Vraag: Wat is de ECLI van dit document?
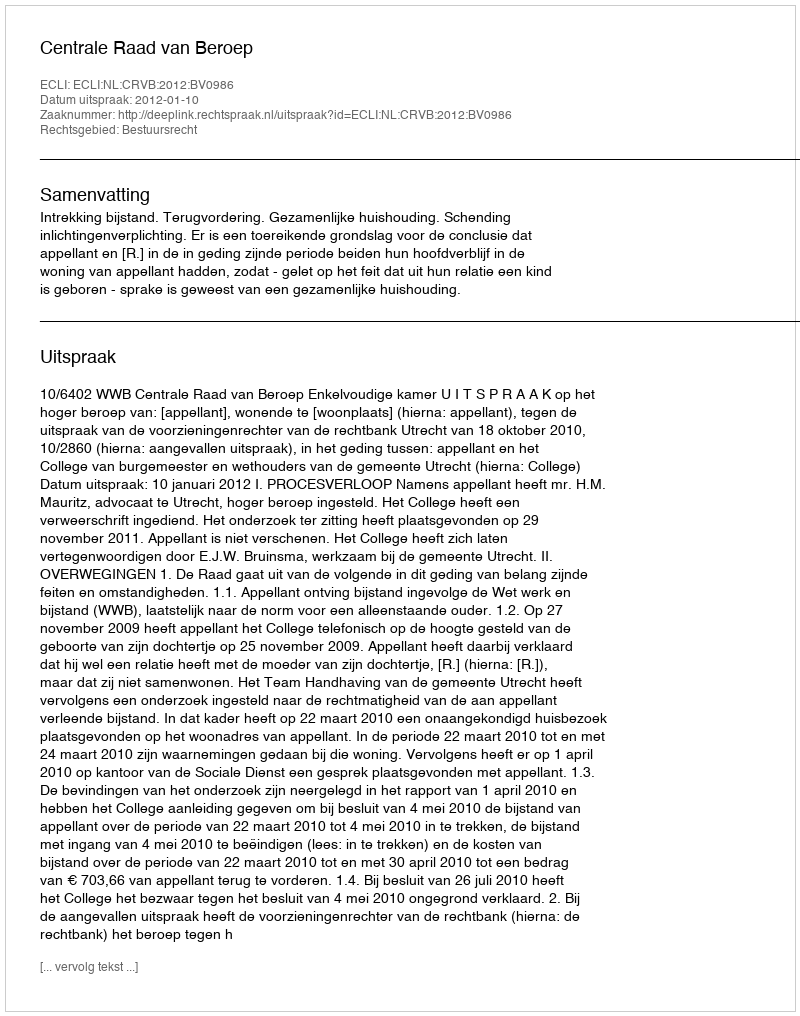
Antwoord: ECLI:NL:CRVB:2012:BV0986